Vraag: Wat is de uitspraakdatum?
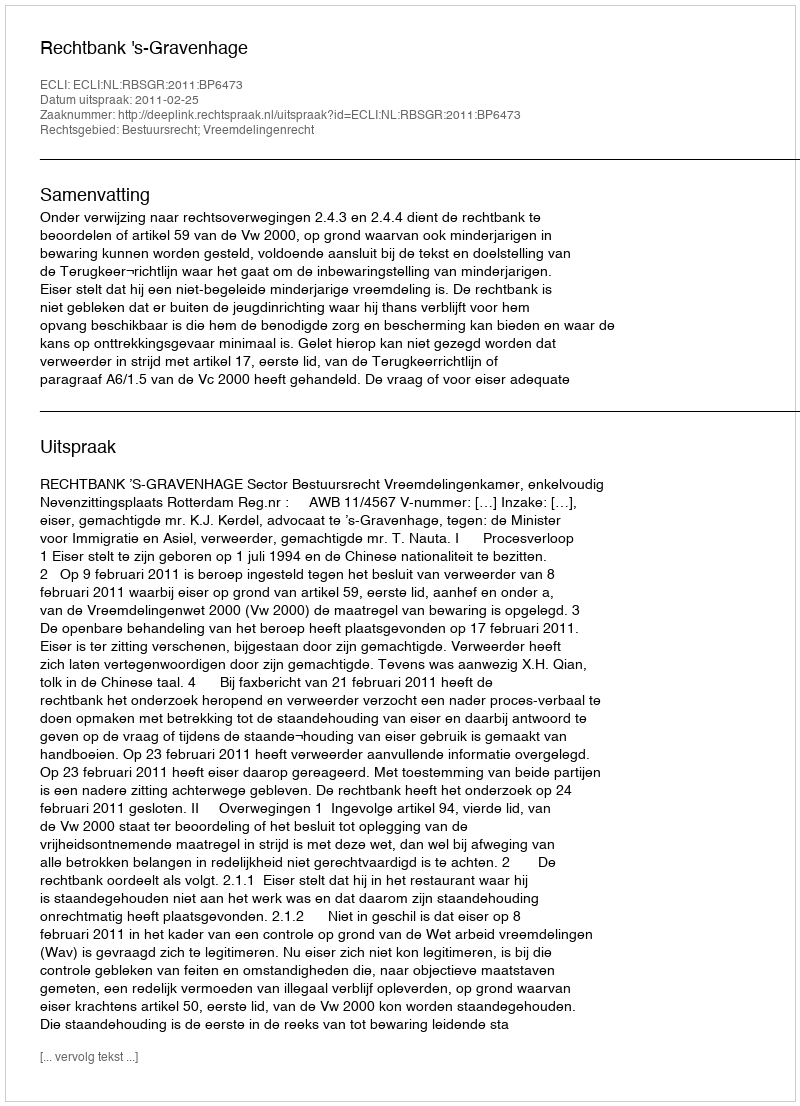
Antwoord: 2011-02-25